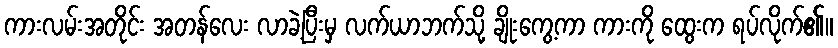
ကားလမ်းအတိုင်း အတန်လေး လာခဲ့ပြီးမှ လက်ယာဘက်သို့ ချိုးကွေ့ကာ ကားကို ထွေးက ရပ်လိုက်၏။